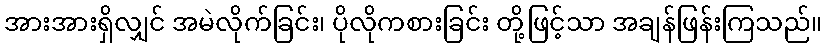
အားအားရှိလျှင် အမဲလိုက်ခြင်း၊ ပိုလိုကစားခြင်း တို့ဖြင့်သာ အချန်ဖြန်းကြသည်။